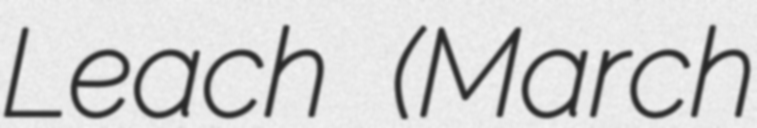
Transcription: Leach (March